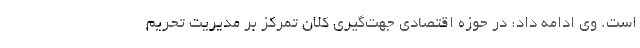
است. وی ادامه داد: در حوزه اقتصادی جهت‌گیری کلان تمرکز بر مدیریت تحریم